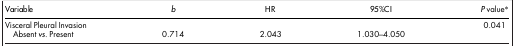
<table><thead><tr><td><b>Variable</b></td><td><b><i>b</i></b></td><td><b>HR</b></td><td><b>95%CI</b></td><td><b><i>P</i> value*</b></td></tr></thead><tbody><tr><td>Visceral Pleural Invasion</td><td> </td><td> </td><td> </td><td>0.041</td></tr><tr><td> Absent <i>vs.</i> Present</td><td>0.714</td><td>2.043</td><td>1.030–4.050</td><td> </td></tr></tbody></table>